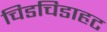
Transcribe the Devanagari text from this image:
चिडचिडाहट